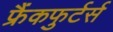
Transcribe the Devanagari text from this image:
फ्रैंकफुर्टर्स